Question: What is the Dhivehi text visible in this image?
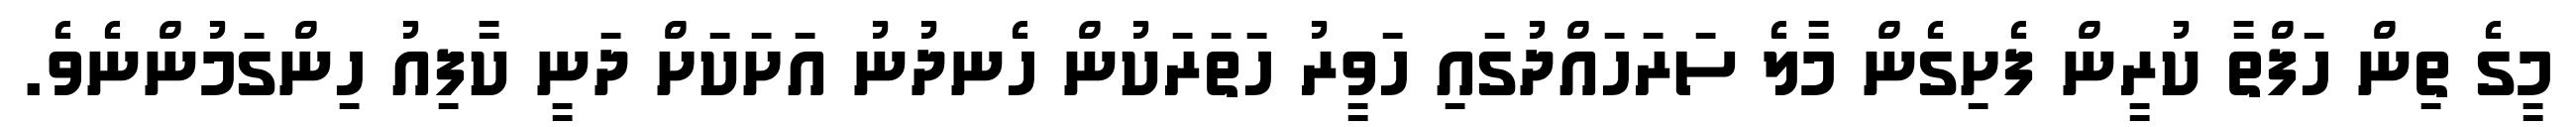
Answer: މީގެ ތިން ހަފްތާ ކުރީން ފެށިގެން މާލެ ސަރަހައްދުގައި ހަވީރު ހަތަރަކުން ހެނދުނު އަށަކަށް ދަނީ ކާފިއު ހިންގަމުންނެވެ.